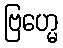
ဗြဟ္မေ